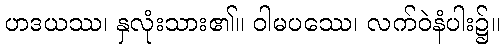
ဟဒယဿ၊ နှလုံးသား၏။ ဝါမပဿေ၊ လက်ဝဲနံပါး၌။